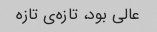
عالی بود، تازه‌ی تازه